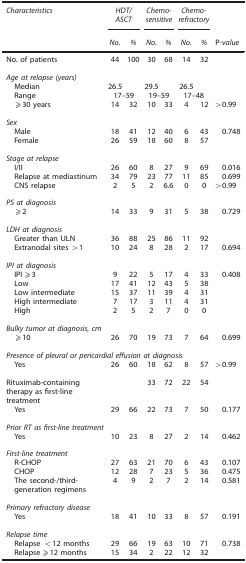
<table><thead><tr><td><b><i>Characteristics</i></b></td><td colspan="2"><b><i>HDT/ASCT</i></b></td><td colspan="2"><b><i>Chemo-sensitive</i></b></td><td colspan="2"><b><i>Chemo-refractory</i></b></td><td><b> </b></td></tr><tr><td><b> </b></td><td><b><i>No.</i></b></td><td><b><i>%</i></b></td><td><b><i>No.</i></b></td><td><b><i>%</i></b></td><td><b><i>No.</i></b></td><td><b><i>%</i></b></td><td><b>P<i>-value</i></b></td></tr></thead><tbody><tr><td>No. of patients</td><td>44</td><td>100</td><td>30</td><td>68</td><td>14</td><td>32</td><td> </td></tr><tr><td colspan="8"> </td></tr><tr><td colspan="8"><i>Age at relapse (years)</i></td></tr><tr><td> Median</td><td>26.5</td><td> </td><td>29.5</td><td> </td><td>26.5</td><td> </td><td> </td></tr><tr><td> Range</td><td colspan="2">17–59</td><td colspan="2">19–59</td><td colspan="2">17–48</td><td> </td></tr><tr><td> ⩾30 years</td><td>14</td><td>32</td><td>10</td><td>33</td><td>4</td><td>12</td><td>&gt;0.99</td></tr><tr><td colspan="8"> </td></tr><tr><td colspan="8"><i>Sex</i></td></tr><tr><td> Male</td><td>18</td><td>41</td><td>12</td><td>40</td><td>6</td><td>43</td><td>0.748</td></tr><tr><td> Female</td><td>26</td><td>59</td><td>18</td><td>60</td><td>8</td><td>57</td><td> </td></tr><tr><td colspan="8"> </td></tr><tr><td colspan="8"><i>Stage at relapse</i></td></tr><tr><td> I/II</td><td>26</td><td>60</td><td>8</td><td>27</td><td>9</td><td>69</td><td>0.016</td></tr><tr><td> Relapse at mediastinum</td><td>34</td><td>79</td><td>23</td><td>77</td><td>11</td><td>85</td><td>0.699</td></tr><tr><td> CNS relapse</td><td>2</td><td>5</td><td>2</td><td>6.6</td><td>0</td><td>0</td><td>&gt;0.99</td></tr><tr><td colspan="8"> </td></tr><tr><td colspan="8"><i>PS at diagnosis</i></td></tr><tr><td> ⩾2</td><td>14</td><td>33</td><td>9</td><td>31</td><td>5</td><td>38</td><td>0.729</td></tr><tr><td colspan="8"> </td></tr><tr><td colspan="8"><i>LDH at diagnosis</i></td></tr><tr><td> Greater than ULN</td><td>36</td><td>88</td><td>25</td><td>86</td><td>11</td><td>92</td><td> </td></tr><tr><td> Extranodal sites &gt;1</td><td>10</td><td>24</td><td>8</td><td>28</td><td>2</td><td>17</td><td>0.694</td></tr><tr><td colspan="8"> </td></tr><tr><td colspan="8"><i>IPI at diagnosis</i></td></tr><tr><td> IPI ⩾3</td><td>9</td><td>22</td><td>5</td><td>17</td><td>4</td><td>33</td><td>0.408</td></tr><tr><td> Low</td><td>17</td><td>41</td><td>12</td><td>43</td><td>5</td><td>38</td><td> </td></tr><tr><td> Low intermediate</td><td>15</td><td>37</td><td>11</td><td>39</td><td>4</td><td>31</td><td> </td></tr><tr><td> High intermediate</td><td>7</td><td>17</td><td>3</td><td>11</td><td>4</td><td>31</td><td> </td></tr><tr><td> High</td><td>2</td><td>5</td><td>2</td><td>7</td><td>0</td><td>0</td><td> </td></tr><tr><td> </td><td> </td><td> </td><td> </td><td> </td><td> </td><td> </td><td> </td></tr><tr><td colspan="8"><i>Bulky tumor at diagnosis, cm</i></td></tr><tr><td> ⩾10</td><td>26</td><td>70</td><td>19</td><td>73</td><td>7</td><td>64</td><td>0.699</td></tr><tr><td colspan="8"> </td></tr><tr><td colspan="8"><i>Presence of pleural or pericardial effusion at diagnosis</i></td></tr><tr><td> Yes</td><td>26</td><td>60</td><td>18</td><td>62</td><td>8</td><td>57</td><td>&gt;0.99</td></tr><tr><td> </td><td> </td><td> </td><td> </td><td> </td><td> </td><td> </td><td> </td></tr><tr><td>Rituximab-containing therapy as first-line treatment</td><td> </td><td> </td><td>33</td><td>72</td><td>22</td><td>54</td><td> </td></tr><tr><td> Yes</td><td>29</td><td>66</td><td>22</td><td>73</td><td>7</td><td>50</td><td>0.177</td></tr><tr><td colspan="8"> </td></tr><tr><td colspan="8"><i>Prior RT as first-line treatment</i></td></tr><tr><td> Yes</td><td>10</td><td>23</td><td>8</td><td>27</td><td>2</td><td>14</td><td>0.462</td></tr><tr><td colspan="8"> </td></tr><tr><td colspan="8"><i>First-line treatment</i></td></tr><tr><td> R-CHOP</td><td>27</td><td>63</td><td>21</td><td>70</td><td>6</td><td>43</td><td>0.107</td></tr><tr><td> CHOP</td><td>12</td><td>28</td><td>7</td><td>23</td><td>5</td><td>36</td><td>0.475</td></tr><tr><td> The second-/third-generation regimens</td><td>4</td><td>9</td><td>2</td><td>7</td><td>2</td><td>14</td><td>0.581</td></tr><tr><td colspan="8"> </td></tr><tr><td colspan="8"><i>Primary refractory disease</i></td></tr><tr><td> Yes</td><td>18</td><td>41</td><td>10</td><td>33</td><td>8</td><td>57</td><td>0.191</td></tr><tr><td colspan="8"> </td></tr><tr><td colspan="8"><i>Relapse time</i></td></tr><tr><td> Relapse &lt;12 months</td><td>29</td><td>66</td><td>19</td><td>63</td><td>10</td><td>71</td><td>0.738</td></tr><tr><td> Relapse ⩾12 months</td><td>15</td><td>34</td><td>2</td><td>22</td><td>12</td><td>32</td><td> </td></tr></tbody></table>